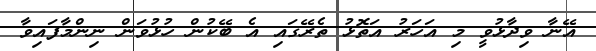
އޭނާ ވިދާޅުވީ މި އަހަރު އަތޮޅު ތެރޭގައި އެ ބޭކުން ހުޅުވަން ނިންމާފައިވާ